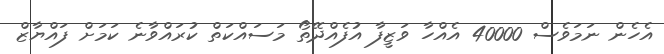
އެހެން ނަމަވެސް 40000 އެއްހާ ވަޒީފާ އުފެއްދޭތޯ މަސައްކަތް ކުރައްވާނެ ކަމަށް ފައްޔާޒް